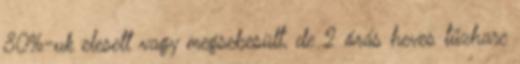
80%-uk elesett vagy megsebesült, de 2 órás heves tűzharc